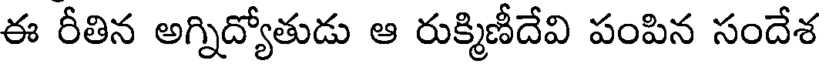
ఈ రీతిన అగ్నిద్యోతుడు ఆ రుక్మిణీదేవి పంపిన సందేశ